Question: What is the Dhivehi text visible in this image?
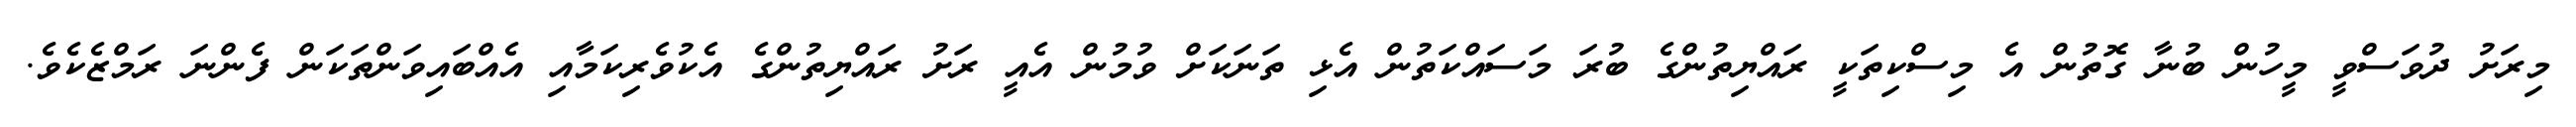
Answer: މިރަށު ދުވަސްވީ މީހުން ބުނާ ގޮތުން އެ މިސްކިތަކީ ރައްޔިތުންގެ ބުރަ މަސައްކަތުން އެޅި ތަނަކަށް ވުމުން އެއީ ރަށު ރައްޔިތުންގެ އެކުވެރިކަމާއި އެއްބައިވަންތަކަން ފެންނަ ރަމްޒެކެވެ.